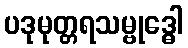
ပဒုမုတ္တရသမ္ဗုဒ္ဓေါ